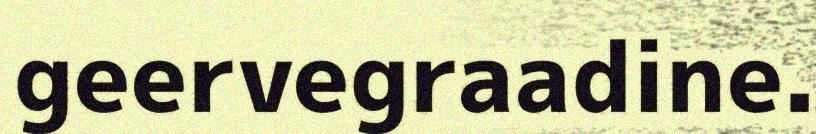
geervegraadine.